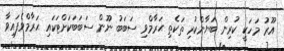
އޫރު މަހަކީ ކުރިން ބަޔާންކުރި ތަކެތި ޙަރާމްވި ސަބަބު ނޫން ސަބަބަކަށްޓަކައި ޙަރާމްވެފައިވާ